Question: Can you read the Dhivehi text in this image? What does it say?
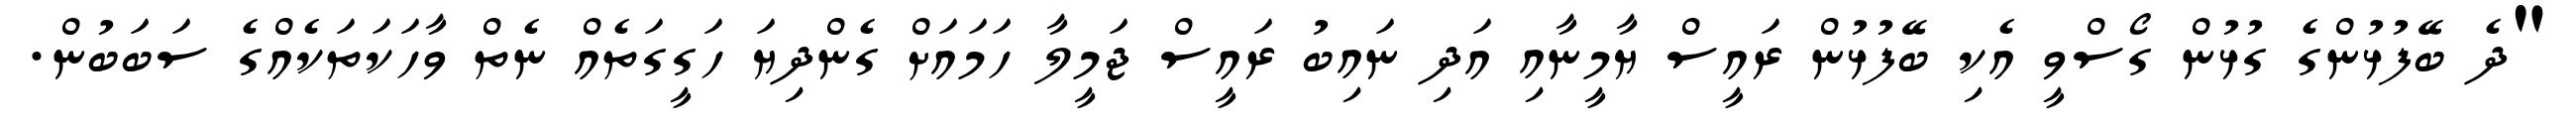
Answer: "ދެ ބޭފުޅުންގެ ގުޅުން ގޯސްވީ އެކި ބޭފުޅުން ރައީސް ޔާމީނާއި އަދި ނައިބު ރައީސް ޖަމީލާ ހަމައަށް ގެންދިޔަ ހަގީގަތެއް ނެތް ވާހަކަތަކެއްގެ ސަބަބުން.